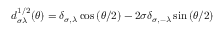
d _ { \sigma \lambda } ^ { 1 / 2 } ( \theta ) = \delta _ { \sigma , \lambda } \cos { ( \theta / 2 ) } - 2 \sigma \delta _ { \sigma , - \lambda } \sin { ( \theta / 2 ) }